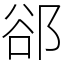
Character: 郤